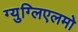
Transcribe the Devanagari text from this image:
ग्युग्लिएलमो